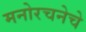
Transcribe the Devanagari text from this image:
मनोरचनेचे